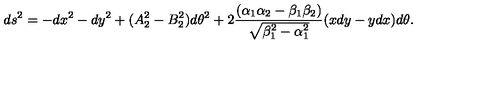
d s ^ { 2 } = - d x ^ { 2 } - d y ^ { 2 } + ( A _ { 2 } ^ { 2 } - B _ { 2 } ^ { 2 } ) d \theta ^ { 2 } + 2 { \frac { ( \alpha _ { 1 } \alpha _ { 2 } - \beta _ { 1 } \beta _ { 2 } ) } { \sqrt { \beta _ { 1 } ^ { 2 } - \alpha _ { 1 } ^ { 2 } } } } ( x d y - y d x ) d \theta .